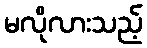
မလိုလားသည့်